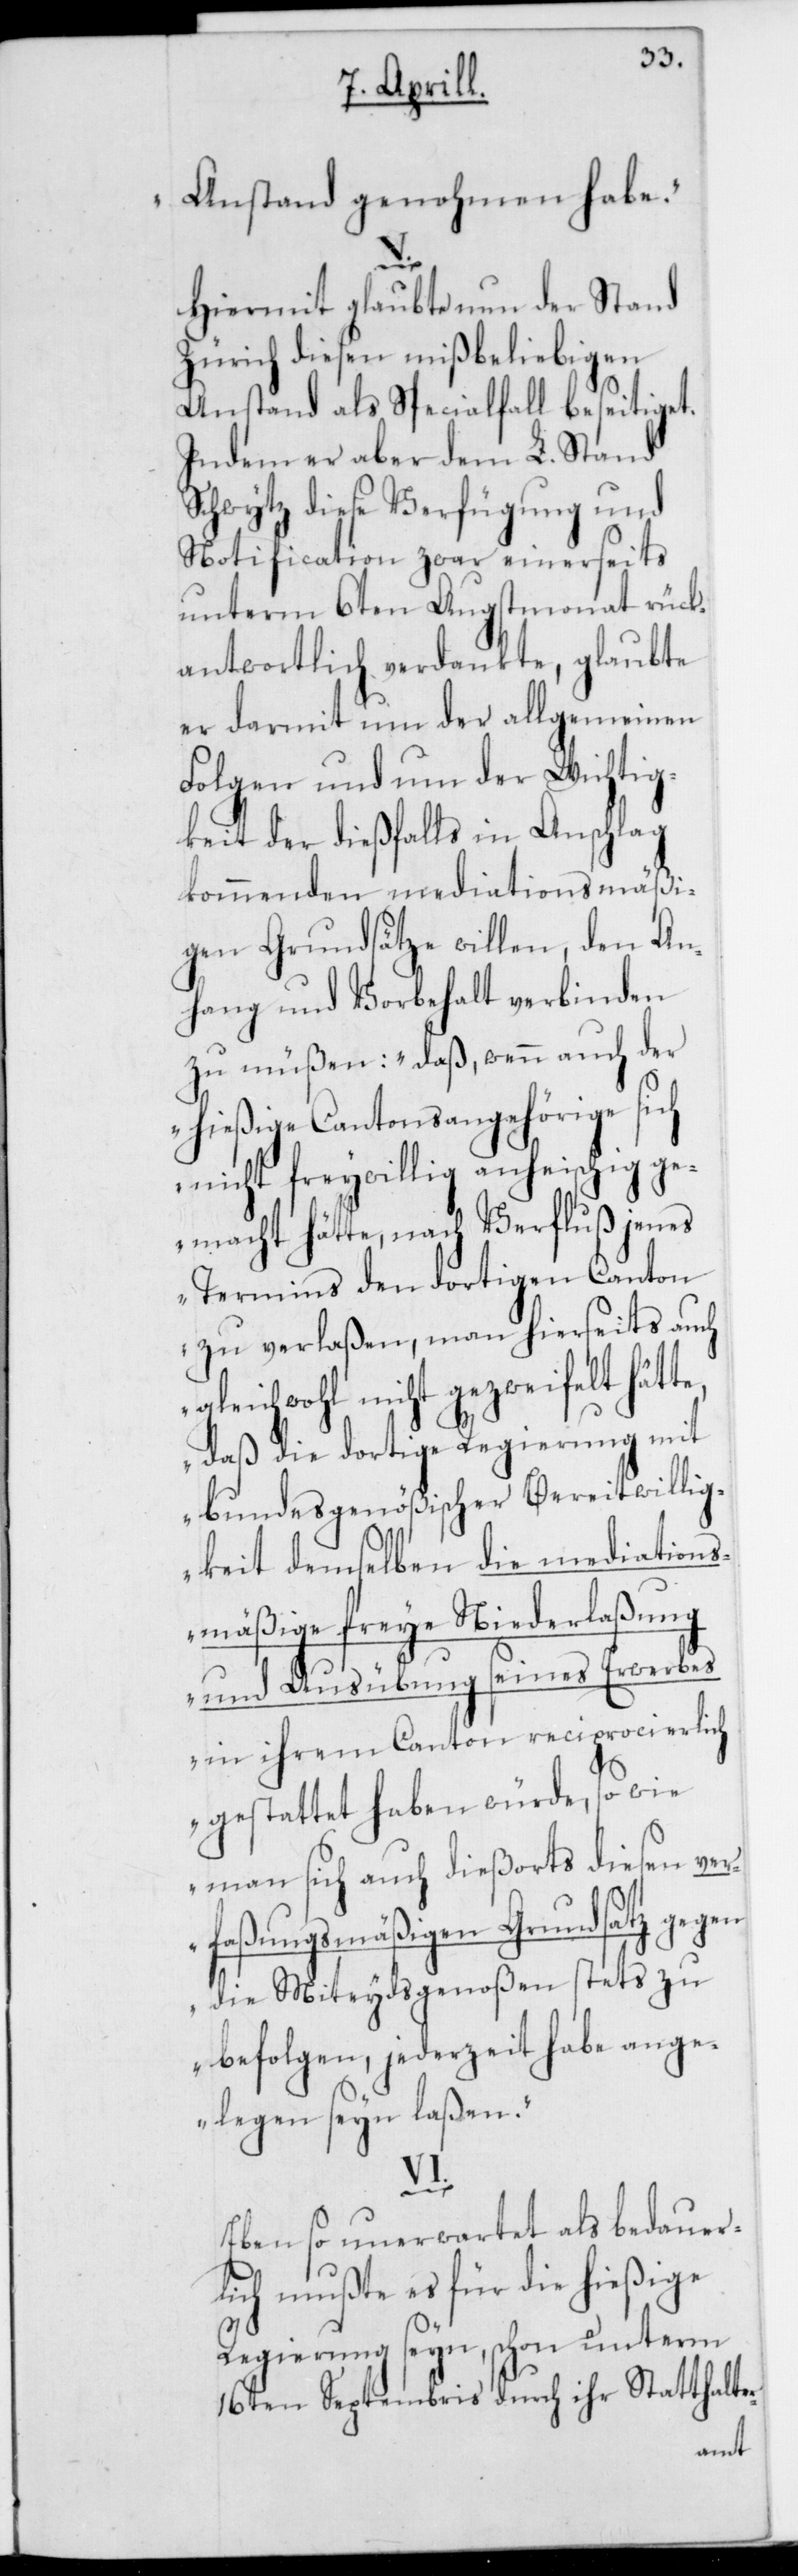
Anstand genohmen habe“.
r-
Hiermit glaubte nun der Stand
Zürich diesen mißbeliebigen
Anstand als Specialfall beseitiget.
Indem er aber dem L. Stand
Schwytz diese Verfügung und
Notification zwar einerseits
unterm 6ten Augstmonat rück¬
antwortlich verdankte, glaubte
er darmit um der allgemeinen
Folgen und um der Wichtig¬
keit der dießfalls in Anschlag
kommenden mediationsmäßi¬
gen Grundsätze willen, den An¬
hang und Vorbehalt verbinden
zu müßen: „daß, wenn auch der
hießige Cantonsangehörige sich
nicht freywillig anheischig ge¬
macht hätte, nach Verfluß jenes
Termins den dortigen Canton
zu verlaßen, man hierseits auch
gleichwohl nicht gezweifelt hät¬
daß die dortige Regierung mit
bundesgenößischer Bereitwillig¬
keit demselben die mediations¬
mäßige freie Niederlaßung
und Ausübung seines Erwerbes
in ihrem Canton reciprocierlich
gestattet haben würde, sowie
man sich auch dießorts diesen ver¬
faßungsmäßigen Grundsatz gegen
die Miteydsgenossen stets zu
befolgen, jederzeit habe ange¬
legen seyn laßen“.
VI.
Ebenso unerwartet als bedauer¬
lich mußte es für die hießige
Regierung seyn, schon unterm
16ten Septembris durch ihr Statthalte¬